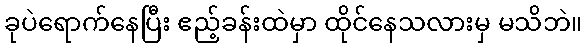
ခုပဲရောက်နေပြီး ဧည့်ခန်းထဲမှာ ထိုင်နေသလားမှ မသိဘဲ။